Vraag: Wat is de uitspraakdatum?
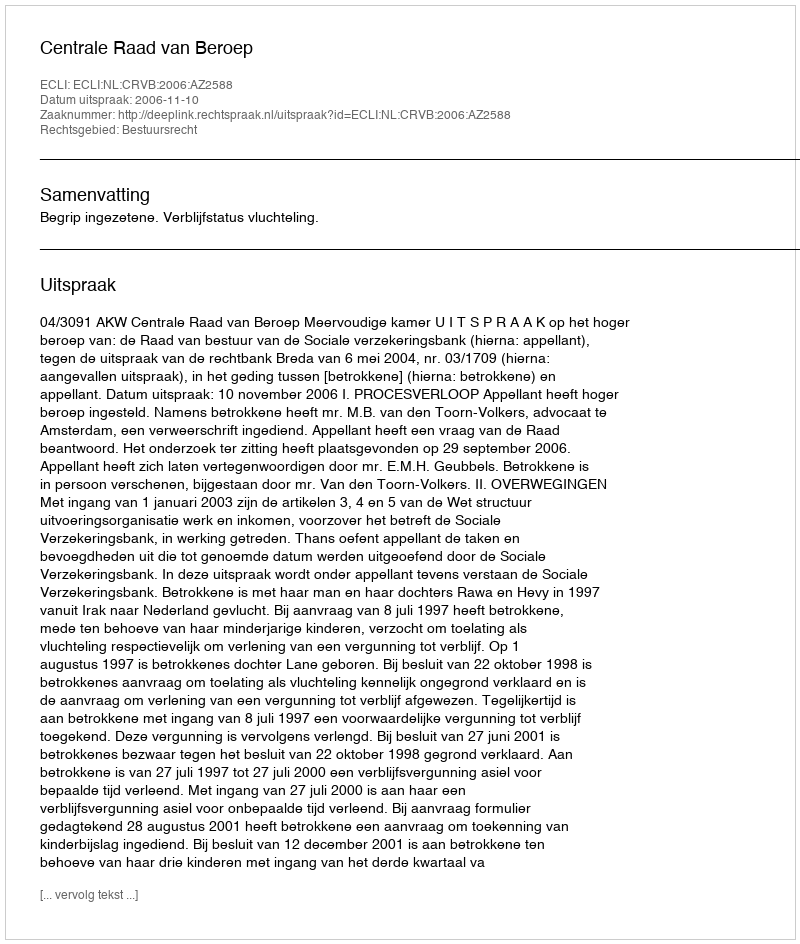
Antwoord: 2006-11-10